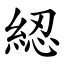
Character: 綛